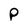
Character: P